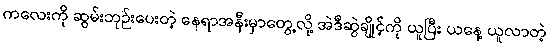
ကလေးကို ဆွမ်းဘုဉ်းပေးတဲ့ နေရာအနီးမှာတွေ့လို့ အဲဒီဆွဲချိုင့်ကို ယူပြီး ယနေ့ ယူလာတဲ့